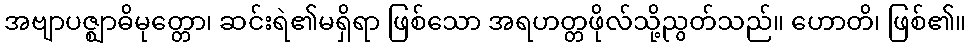
အဗျာပဇ္ဈာဓိမုတ္တော၊ ဆင်းရဲ၏မရှိရာ ဖြစ်သော အရဟတ္တဖိုလ်သို့ညွတ်သည်။ ဟောတိ၊ ဖြစ်၏။